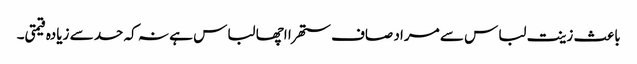
باعث زینت لباس سے مراد صاف ستھرا اچھا لباس ہے نہ کہ حد سے زیادہ قیمتی۔